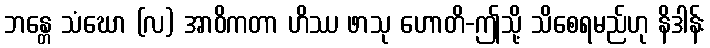
ဘန္တေ သံဃော (လ) အာဝိကတာ ဟိဿ ဖာသု ဟောတိ-ဤသို့ သိစေရမည်ဟု နိဒါန်း